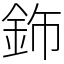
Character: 鉓